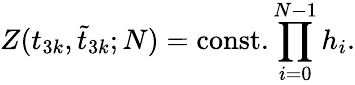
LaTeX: Z(t_{3k},\tilde{t}_{3k};N)=\mathrm{const.}\prod_{i=0}^{N-1}h_{i}.